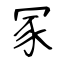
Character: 冢